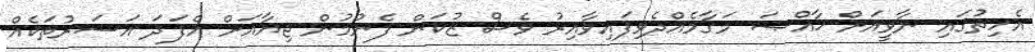
އެހިތުގައި ނާވީއަށް ޚާއްޞަ މަގާމެއްދެވިފައިވާއިރު ވެސް ޒުކަން ފެނުމުން ޖިޔާއަށް އެފަދަ އަސަރުތަކެއް